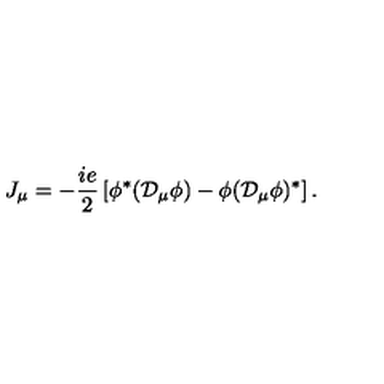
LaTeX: J _ { \mu } = - { \frac { i e } { 2 } } \left[ \phi ^ { * } ( { \cal D } _ { \mu } \phi ) - \phi ( { \cal D } _ { \mu } \phi ) ^ { * } \right] .